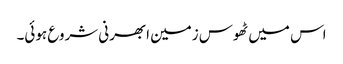
اس میں ٹھوس زمین ابھرنی شروع ہوئی۔